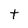
Character: t